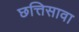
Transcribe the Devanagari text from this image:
छत्तिसावा